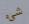
شيء